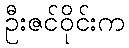
ဦးဇင်ဝိုင်းက